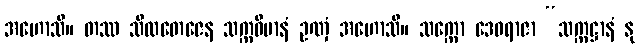
အဟောသိ။ တဿ သီလတေဇေန သက္ကဝိမာနံ ဥဏှံ အဟောသိ။ သက္ကော ဒေဝရာဇာ “သက္ကဋ္ဌာနံ နု